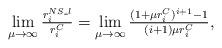
LaTeX: \begin{align*}\lim_{\mu\rightarrow\infty}\tfrac{r_i^{NS\_l}}{r_i^C}=\lim_{\mu\rightarrow\infty}\tfrac{(1+\mu r_i^C)^{i+1}-1}{(i+1)\mu r_i^C},\end{align*}